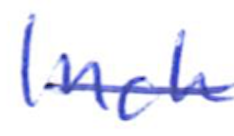
Text: Inch
Cross-out: single-line
Writing tool: ballpoint